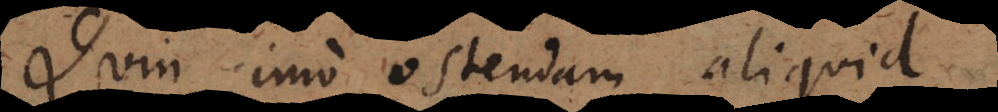
Quin imo ostendam aliquid